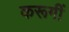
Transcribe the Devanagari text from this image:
करूगीं